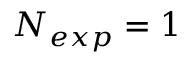
N _ { e x p } = 1